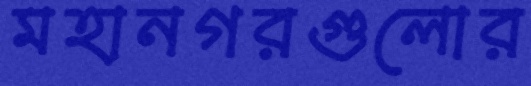
মহানগরগুলোর